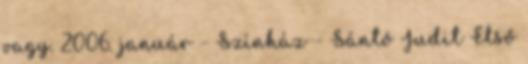
vagy. 2006. január - Színház - Sántó Judit Első